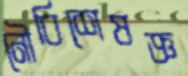
নৌবিশেষজ্ঞ